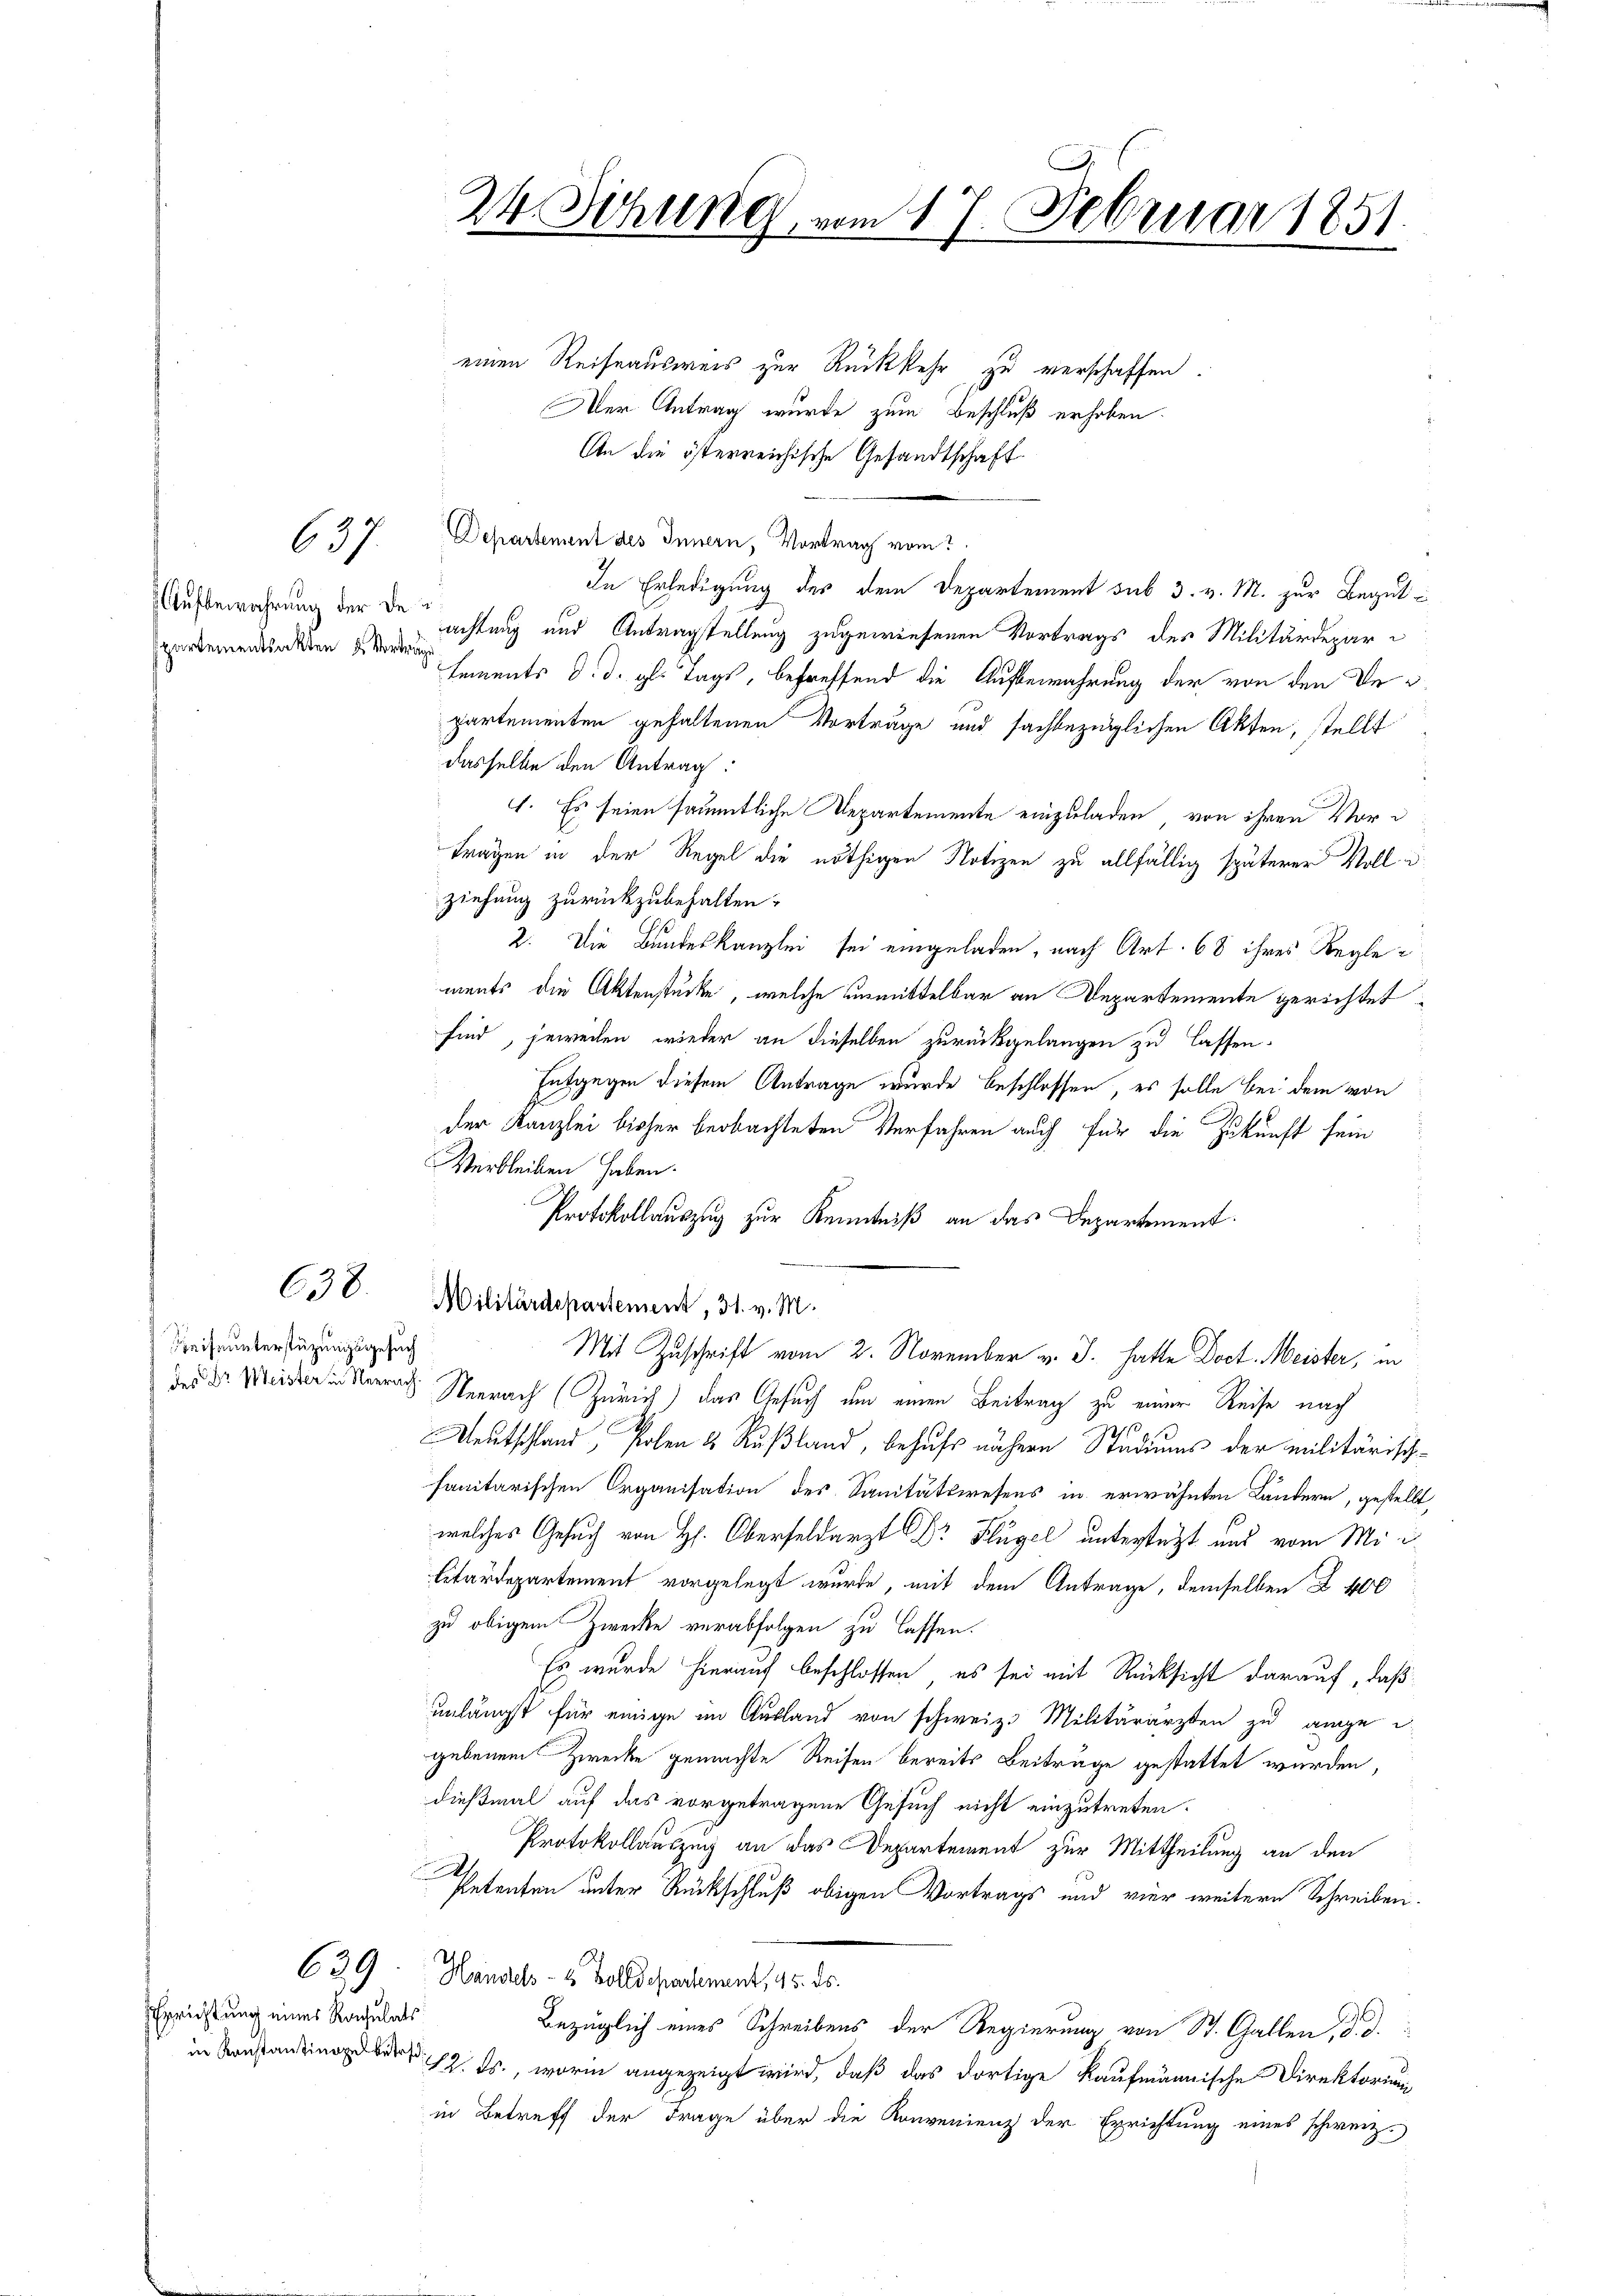
627

Aufbewahrung der Despartementsakten u. Vortrag

638.

Greife unterstüzungsgesuch

629

Errichtung eines Rochulats

einen Reiseausweis zur Rückkehr zu verschaffen
Der Antrag wurde zum Beschluß erhoben.
An die österreichische Gesandtschaft
Departement des Innern, Vortrag vom
In Erledigung des dem Departement sub 3. v. M. zur Begutachtung und Antragstellung zugewiesenen Vortrags des Militärdepartements d. d. gl. Tags, betreffend die Aufbewahrung der von den Departementen gehaltenen Vorträge und sachbezüglichen Akten, stellt
dasselbe den Antrag:
1. Es seien sämmtliche Departemente einzuladen, von ihren Vorträgen in der Regel die nöthigen Notizen zu allfällig späterer Voll u
ziehung zurückzubehalten.
 2. Die Bundeskanzlei sei eingeladen, nach Art. 68 ihres Reglements die Aktenstücke, welche unmittelbar an Departemente gerichtet
sind, jeweilen wieder an dieselben zurückgelangen zu lassen.
Entgegen diesem Antrage wurde beschlossen, es solle bei dem von
der Kanzlei bisher beobachteten Verfahren auch für die Zukunft sein
Verbleiben haben.
Protokollauszug zur Kenntniß an das Departement.
Militärdepartement, 31. v. M.
Mit Zuschrift vom 2. November v. J. hatte Doct. Meister, in
des Dr. Mein Nach Zürich) das Gesuch um einen Beitrag zu einer Reise nach
2
Meutschland, Polen & Rußland, behufs nähern Studiums der militärisch-
sanitarischen Organisation des Sanitätswesens in erwähnten Ländern, gestellt,
welches Gesuch von H. Oberfeldarzt Dr Hügel untersetzt und vom Militärdepartement vorgelegt wurde, mit dem Antrage, demselben Z. 400
zu obigem Zwecke verabfolgen zu lassen.
Es wurde hierauf beschlossen, es sei mit Rücksicht darauf, daß
unlängst für einige im Ausland von schweiz. Militärarzten zu ange i
gebenem Zwecke gemachte Reisen bereits Beiträge gestattet wurden,
dießmal auf das vorgetragene Gesuch nicht einzutreten.
Protokollauszug an das Departement zur Mittheilung an den
Petenten unter Rückschluß obigen Vortrags und vier weitere Schreiben.
Handels- 4 Zolldepartement, 45. ds.
Bezüglich eines Schreibens der Regierung von St. Gallen, d. d.
s., worin angezeigt wird, daß das dortige Kaufmännische Direktorium
in Betreff der Frage über die Konvenienz der Errichtung eines schweiz.

24. Sitzung, vom 17. Februar 1851.